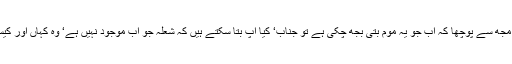
پھر اس نے مجھ سے پوچھا کہ اب جو یہ موم بتی بجھ چکی ہے تو جناب‘ کیا آپ بتا سکتے ہیں کہ شعلہ جو اب موجود نہیں ہے‘ وہ کہاں اور کیسے چلا گیا؟